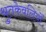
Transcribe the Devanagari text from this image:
श्रुतकेवलियों